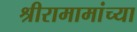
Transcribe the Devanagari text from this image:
श्रीरामामांच्या